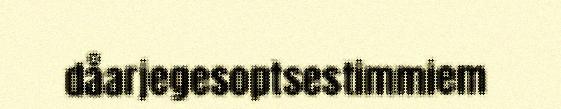
dåarjegesoptsestimmiem